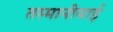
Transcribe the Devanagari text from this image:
तस्मानीयाई